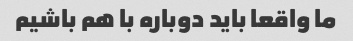
ما واقعا باید دوباره با هم باشیم